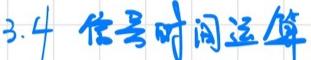
3.4 信号时间运算